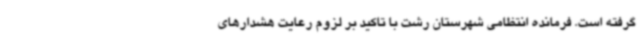
گرفته است. فرمانده انتظامی شهرستان رشت با تاکید بر لزوم رعایت هشدارهای